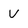
Character: v